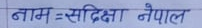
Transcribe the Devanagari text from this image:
नाम = सदीक्षा नेपाल